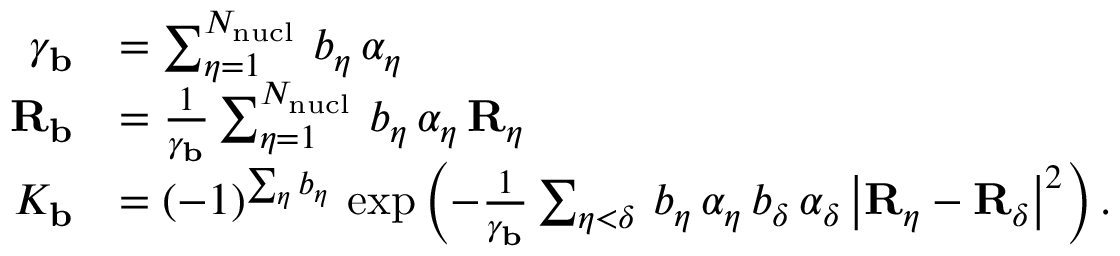
\begin{array} { r l } { \gamma _ { \mathbf { b } } } & { = \sum _ { \eta = 1 } ^ { N _ { \mathrm { n u c l } } } \, b _ { \eta } \, \alpha _ { \eta } } \\ { { \mathbf { R } _ { \mathbf { b } } } } & { = \frac { 1 } { \gamma _ { \mathbf { b } } } \sum _ { \eta = 1 } ^ { N _ { \mathrm { n u c l } } } \, b _ { \eta } \, \alpha _ { \eta } \, { \mathbf { R } _ { \eta } } } \\ { K _ { \mathbf { b } } } & { = ( - 1 ) ^ { \sum _ { \eta } b _ { \eta } } \, \exp \left( - \frac { 1 } { \gamma _ { \mathbf { b } } } \sum _ { \eta < \delta } \, b _ { \eta } \, \alpha _ { \eta } \, b _ { \delta } \, \alpha _ { \delta } \, \big | { \mathbf { R } _ { \eta } } - { \mathbf { R } _ { \delta } } \big | ^ { 2 } \right) \mathrm { . } } \end{array}